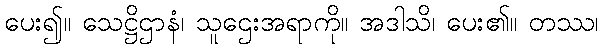
ပေး၍။ သေဋ္ဌိဌာနံ၊ သူဌေးအရာကို။ အဒါသိ၊ ပေး၏။ တဿ၊